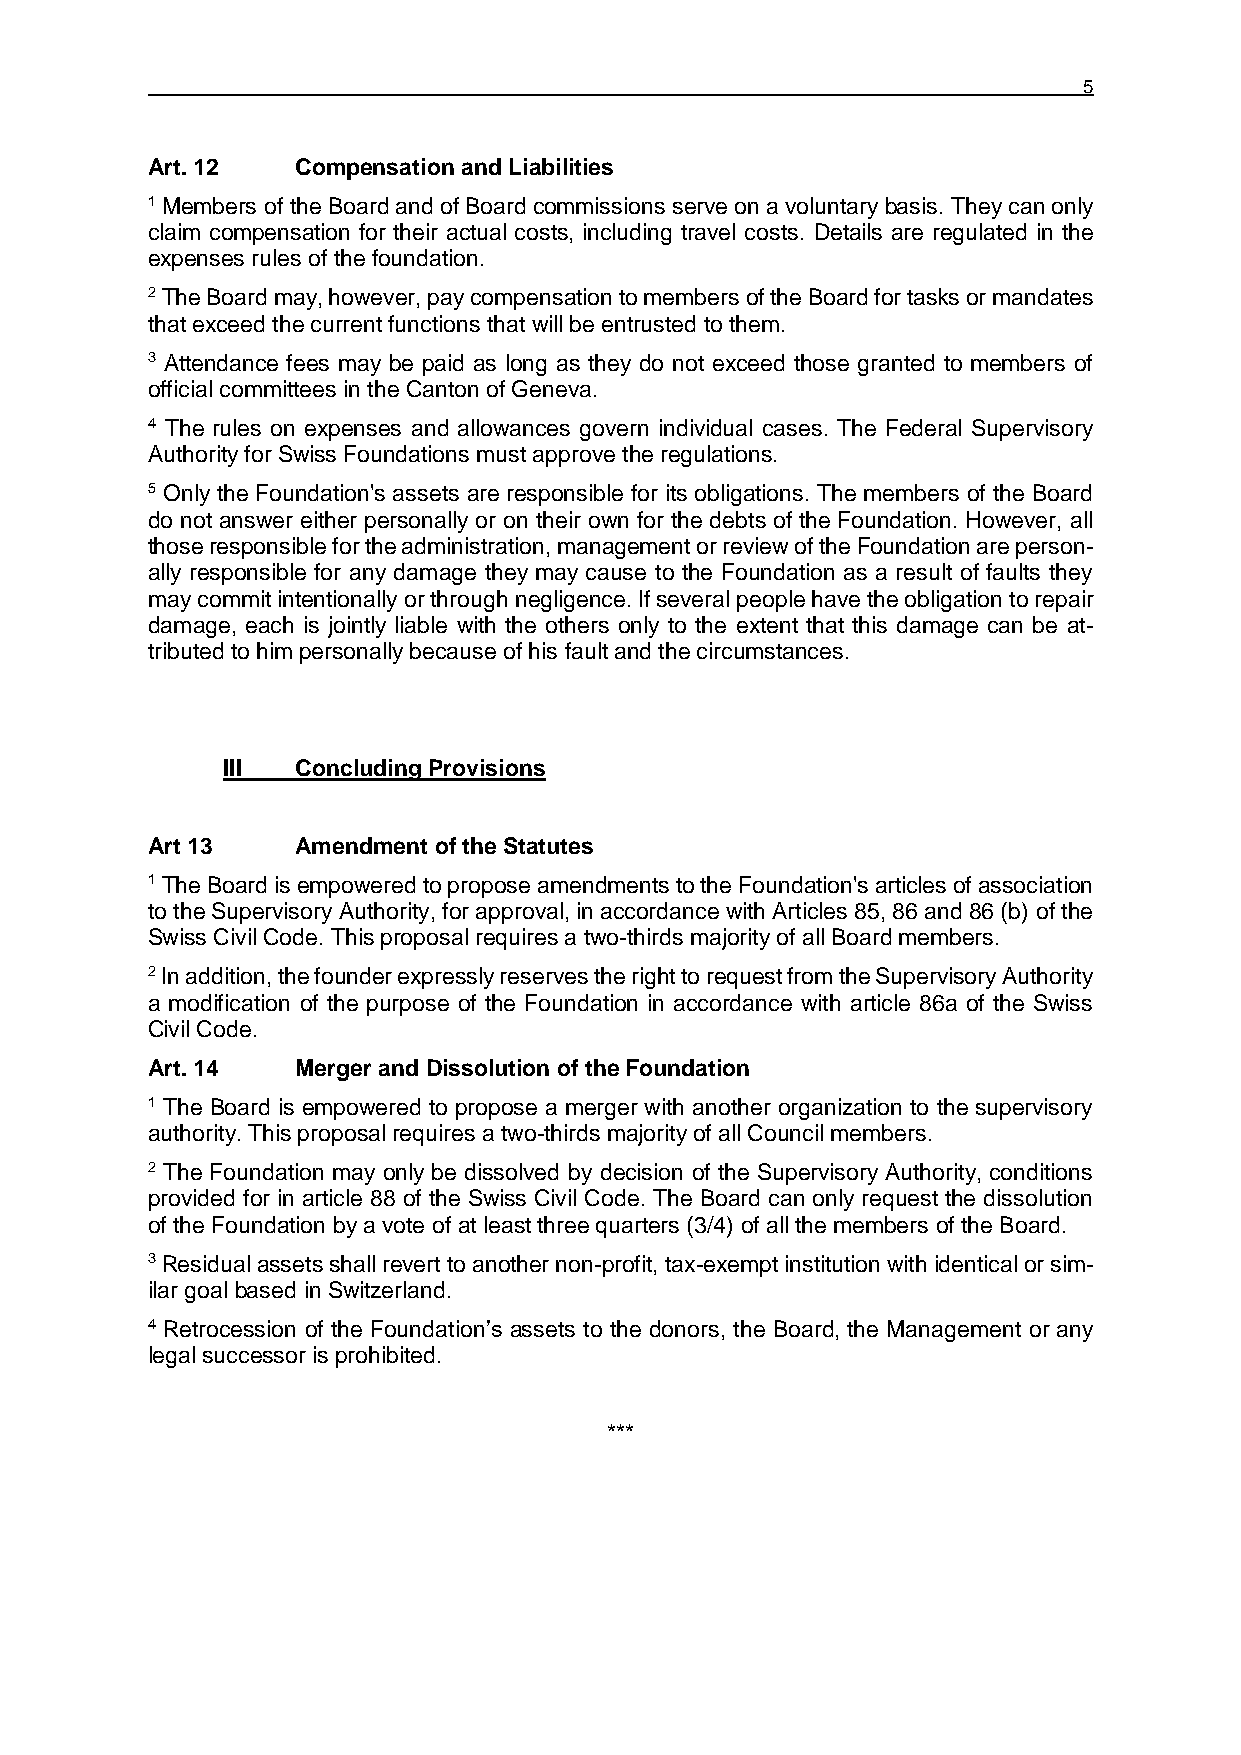
5
 Art. 12   Compensation and Liabilities
 1 Members of the Board and of Board commissions serve on a voluntary basis. They can only
 claim compensation for their actual costs, including travel costs. Details are regulated in the
 expenses rules of the foundation.
 2 The Board may, however, pay compensation to members of the Board for tasks or mandates
 that exceed the current functions that will be entrusted to them.
 3 Attendance fees may be paid as long as they do not exceed those granted to members of
 official committees in the Canton of Geneva.
 4 The rules on expenses and allowances govern individual cases. The Federal Supervisory
 Authority for Swiss Foundations must approve the regulations.
 5 Only the Foundation's assets are responsible for its obligations. The members of the Board
 do not answer either personally or on their own for the debts of the Foundation. However, all
 those responsible for the administration, management or review of the Foundation are person-
 ally responsible for any damage they may cause to the Foundation as a result of faults they
 may commit intentionally or through negligence. If several people have the obligation to repair
 damage, each is jointly liable with the others only to the extent that this damage can be at-
 tributed to him personally because of his fault and the circumstances.
 III  Concluding Provisions
 Art 13    Amendment of the Statutes
 1 The Board is empowered to propose amendments to the Foundation's articles of association
 to the Supervisory Authority, for approval, in accordance with Articles 85, 86 and 86 (b) of the
 Swiss Civil Code. This proposal requires a two-thirds majority of all Board members.
 2 In addition, the founder expressly reserves the right to request from the Supervisory Authority
 a modification of the purpose of the Foundation in accordance with article 86a of the Swiss
 Civil Code.
 Art. 14   Merger and Dissolution of the Foundation
 1 The Board is empowered to propose a merger with another organization to the supervisory
 authority. This proposal requires a two-thirds majority of all Council members.
 2 The Foundation may only be dissolved by decision of the Supervisory Authority, conditions
 provided for in article 88 of the Swiss Civil Code. The Board can only request the dissolution
 of the Foundation by a vote of at least three quarters (3/4) of all the members of the Board.
 3 Residual assets shall revert to another non-profit, tax-exempt institution with identical or sim-
 ilar goal based in Switzerland.
 4 Retrocession of the Foundation’s assets to the donors, the Board, the Management or any
 legal successor is prohibited.
 ***